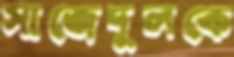
সাজেদুলকে